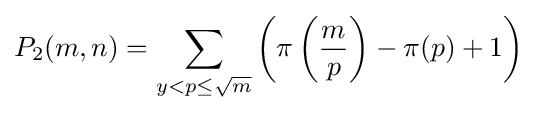
P_{2}(m,n)=\sum _{y<p\leq {\sqrt {m}}}\left(\pi \left({\frac {m}{p}}\right)-\pi (p)+1\right)